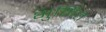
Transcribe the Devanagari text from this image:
भुमित